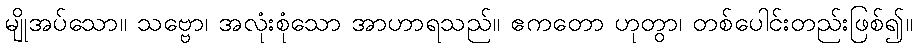
မျိုအပ်သော။ သဗ္ဗော၊ အလုံးစုံသော အာဟာရသည်။ ဧကတော ဟုတွာ၊ တစ်ပေါင်းတည်းဖြစ်၍။